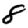
Digit: 8